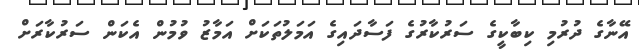
އޭނާގެ ދުރުމި ކިބާކީގެ ސަރުކާރުގެ ފަސާދައިގެ އަމަލުތަކަށް އަމާޒު ވުމުން އެކަން ސަރުކާރަށް